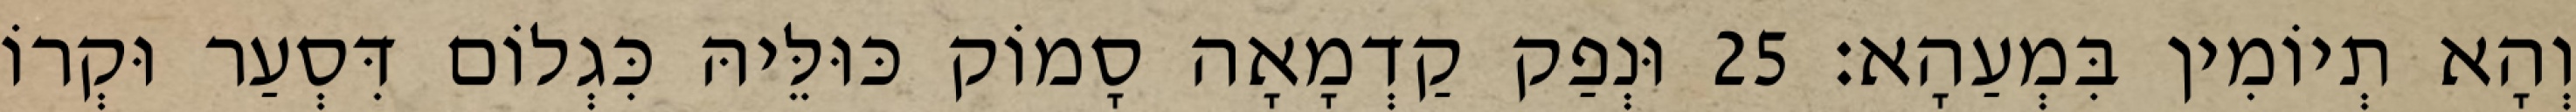
וְהָא תְיוֹמִין בִּמְעַהָא׃ 25 וּנְפַק קַדְמָאָה סָמוֹק כּוּלֵּיהּ כִּגְלוֹם דִּסְעַר וּקְרוֹ